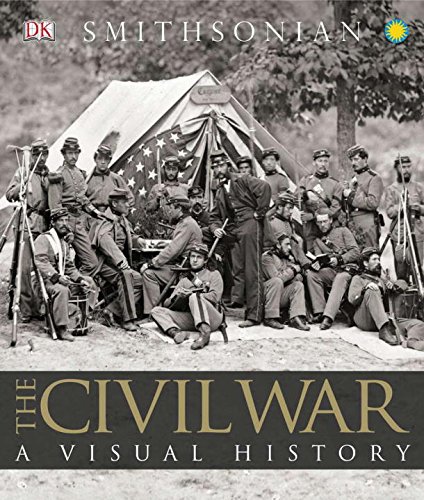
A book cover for The Civil War: A Visual History; DK; Arts & Photography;